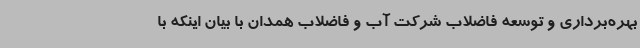
بهره‌برداری و توسعه فاضلاب شرکت آب و فاضلاب همدان با بیان اینکه با